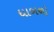
ધાબળો